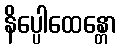
နိပ္ပေါထေန္တော